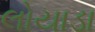
લોયાડા